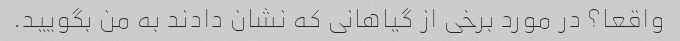
واقعا؟ در مورد برخی از گیاهانی که نشان دادند به من بگویید.